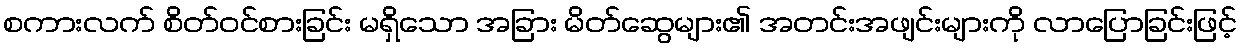
စကားလက် စိတ်ဝင်စားခြင်း မရှိသော အခြား မိတ်ဆွေများ၏ အတင်းအဖျင်းများကို လာပြောခြင်းဖြင့်